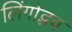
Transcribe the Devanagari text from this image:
लिंगोद्भव